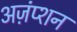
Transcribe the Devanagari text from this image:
अज़ंप्शन